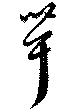
茸